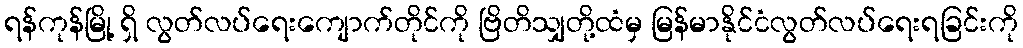
ရန်ကုန်မြို့ ရှိ လွတ်လပ်ရေးကျောက်တိုင်ကို ဗြိတိသျှတို့ထံမှ မြန်မာနိုင်ငံလွတ်လပ်ရေးရခြင်းကို